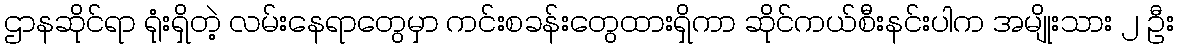
ဌာနဆိုင်ရာ ရုံးရှိတဲ့ လမ်းနေရာတွေမှာ ကင်းစခန်းတွေထားရှိကာ ဆိုင်ကယ်စီးနင်းပါက အမျိုးသား ၂ ဦး